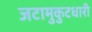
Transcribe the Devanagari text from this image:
जटामुकुटधारी